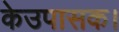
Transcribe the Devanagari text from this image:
केउपासक।